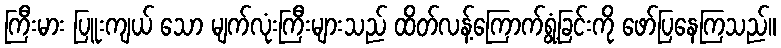
ကြီးမား ပြူးကျယ် သော မျက်လုံးကြီးများသည် ထိတ်လန့်ကြောက်ရွံ့ခြင်းကို ဖော်ပြနေကြသည်။